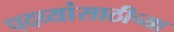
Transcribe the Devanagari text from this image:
पदव्यांसाठीच्या